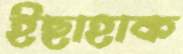
ইছাহাক